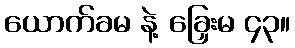
ယောက်ခမ နဲ့ ခြှေးမ ၄၃။